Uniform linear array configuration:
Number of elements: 48
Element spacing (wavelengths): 0.75
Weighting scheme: cosine
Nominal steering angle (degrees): -45
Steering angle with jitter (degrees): -46.856
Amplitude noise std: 0.05
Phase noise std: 0.05

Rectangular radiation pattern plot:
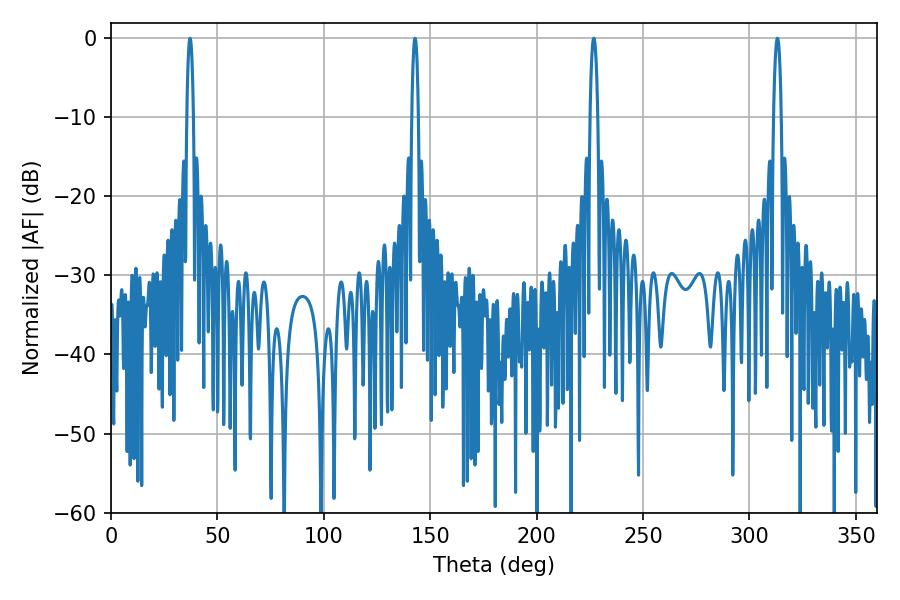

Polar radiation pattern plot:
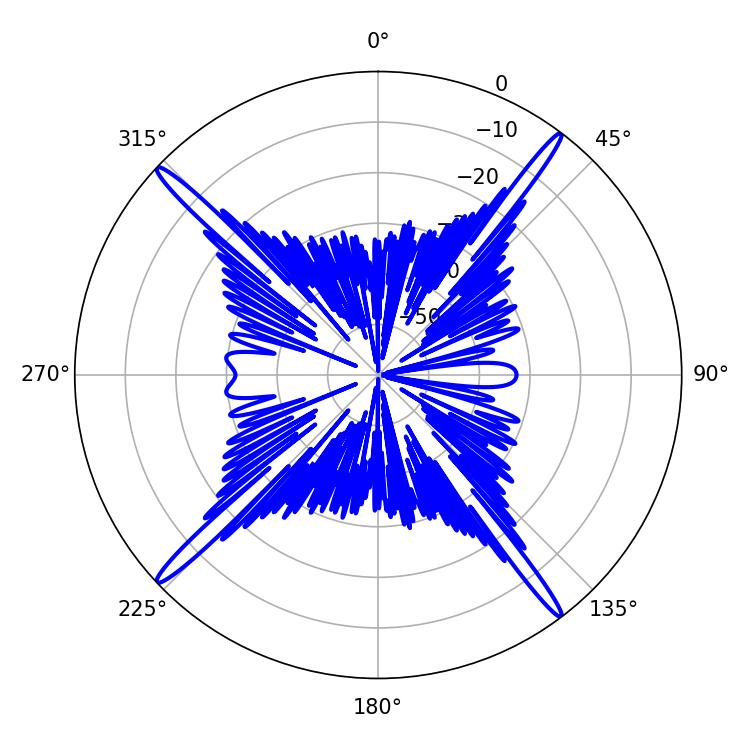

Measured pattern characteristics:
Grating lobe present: TRUE
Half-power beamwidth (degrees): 1.98
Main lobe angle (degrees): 226.8